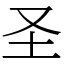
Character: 圣